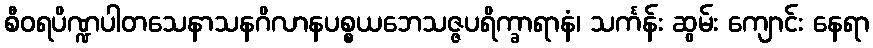
စီဝရပိဏ္ဍပါတသေနာသနဂိလာနပစ္စယဘေသဇ္ဇပရိက္ခာရာနံ၊ သင်္ကန်း ဆွမ်း ကျောင်း နေရာ